Vaccination in Bombay 1889-1901 - 1889-1901
Year: 1889
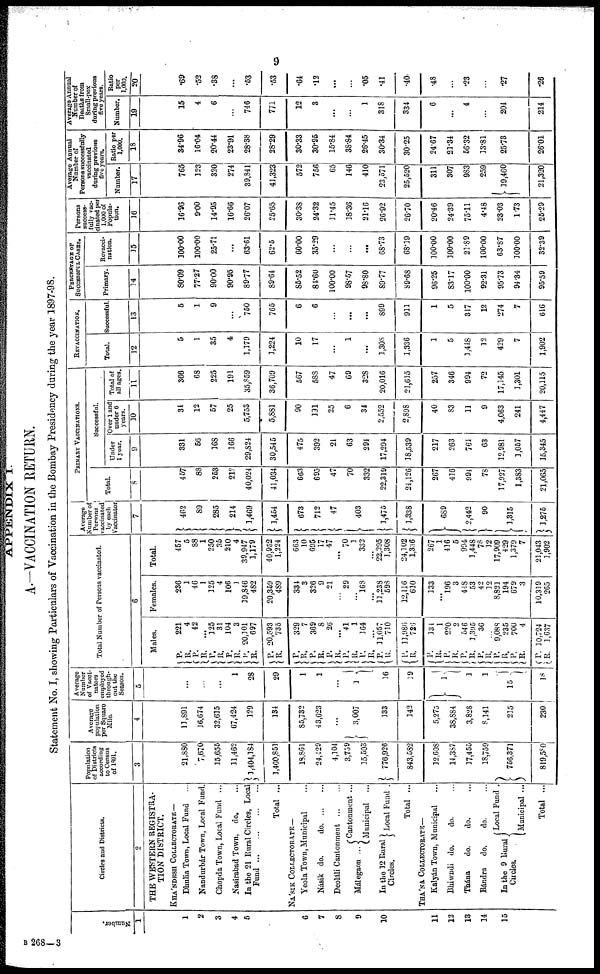
9
APPENDIX I.
A.—VACCINATION RETURN.
Statement No. I, showing Particulars of Vaccination in the Bombay Presidency during the year 1897-98.
Number.
1
1
2
3
4
5
6
7
8
9
10
11
12
13
14
15
Circles and Districts.
2
THE WESTERN REGISTRA-
TION DISTRICT.
KHA'NDESH COLLECTORATE—
Dhulia Town, Local Fund ...
Nandurbár Town, Local Fund.
Chopda Town, Local Fund ...
Nasirabad Town, do. ...
In the 21 Rural Circles, Local
Fund
...
...
...
...
Total ...
NA'SIK COLLECTORATE—
Yeola Town, Municipal ...
Násik do.
do
...
...
Deoláli Cantonment
...
...
Málegaon ...
Cantonment ...
Municipal ...
In the 12 Rural
Circles.
Local Fund .
Total ...
THA'NA COLLECTORATE-
Kalyán Town, Municipal ...
Bhiwndi do.
do. ...
Thána
do.
do. ...
Bándra do.
do. ...
In the 9 Rural
Circles
Local Fund .
Municipal ...
Total ...
Population
of Districts
according
to Census
of 1891.
3
21,880
7,670
15,655
11,462
1,404,184
1,460,851
18,861
24,429
4,104
3,759
15,503
776,926
843,582
12,608
14,387
17,455
18,759
756,371
819,580
Average
population
per Square
Mile.
4
11,891
16,674
32,615
67,424
129
134
85,732
43,623
...
3,007
133
142
5,275
38,884
3,828
8,141
215
230
Average
Number
of Vaccí-
--tors
employed
through-
out the
Season.
5
...
...
...
1
28
29
1
1
...
1
16
19
1
1
1
15
18
Total Number of Persons vaccinated.
6
Males.
P.
R.
P.
R.
P.
R.
P.
R.
P.
R.
P.
R.
P.
R.
P.
R.
P.
R.
P.
R.
P.
R.
P.
R.
P.
R.
P.
R.
P.
R.
P.
R.
P.
R.
P.
R.
P.
R.
P.
R.
221
4
42
...
125
31
104
3
20,101
697
20,593
735
329
7
369
8
26
...
41
1
164
...
11,057
710
11,986
726
134
1
220
2
546
1,395
36
...
9,088
235
700
4
10,724
1,637
Females.
236
1
46
1
125
4
106
1
19,846
482
20,359
489
334
3
326
9
21
...
29
...
168
...
11,238
598
12,116
610
133
...
196
3
448
53
42
12
8,821
194
679
3
10,319
265
Total.
457
5
88
1
250
35
210
4
39,947
1,179
40,952
1,224
663
10
695
17
47
...
70
1
332
...
22,395
1,308
24,102
1,336
267
1
416
5
994
1,448
78
12
17,909
429
1,379
7
21,043
1,902
Average
Number of
Persons
vaccinated
by each
Vaccinator
7
462
89
285
214
1,469
1,454
673
712
47
403
1,475
1,338
689
2,442
90
1,315
1,275
PRIMARY VACCINATIONS.
Total.
8
457
88
253
212
40,024
41,034
663
695
47
70
332
22,319
24,126
267
416
994
78
17,927
1,383
21,065
Successful.
Under
1 year.
9
331
56
168
166
29,824
30,545
475
392
21
63
294
17,294
18,539
217
263
764
63
12,981
1,057
15,345
Over 1 and
under 6
years.
10
34
12
57
25
5,753
5,881
90
191
25
6
34
2,552
2,898
40
83
11
9
4,063
241
4,447
Total of
all ages.
11
366
68
225
191
35,859
36,709
567
588
47
69
328
20,016
21,615
257
346
994
72
17,145
1,301
20,115
REVACCINATION.
Total.
12
5
1
35
4
1,179
1,224
10
17
...
1
...
1,308
1,336
1
5
1,448
12
429
7
1,902
Successful.
13
5
1
9
...
750
765
6
6
...
...
...
899
911
1
5
317
12
274
7
616
PERCENTAGE OF
SUCCESSFUL CASES.
Primary.
14
80.09
77.27
90.00
90.95
89.77
89.64
85.52
84.60
100.00
98.57
98.80
89.77
89.68
96.25
83.17
100.00
92.31
95.73
94.34
95.59
Revacci-
nation.
15
100.00
100.00
25.71
...
63.61
62.5
60.00
35.29
...
...
...
68.73
68.19
100.00
100.00
21.89
100.00
63.87
100.00
32.39
Persons
success-
fully vac-
cinated per
1,000 of
Popula-
tion.
16
16.96
9.00
14.95
16.66
26.07
25.65
30.38
24.32
11.45
18.36
21.16
26.92
26.70
20.46
24.39
75.11
4.48
23.03
1.73
25.29
Average Annual
Number of
Persons successfully
vaccinated
during previous
five years.
Number.
17
765
123
320
274
39,841
41,323
572
756
65
146
410
23,571
25,520
311
307
983
259
19,460
21,320
Ratio per
1,000.
18
34.96
16.04
20.44
23.91
28.38
28.29
30.33
30.95
15.84
38.84
26.45
30.34
30.25
24.67
21.34
56.32
13.81
25.73
26.01
Average Annual
Number of
Deaths from
Small-pox
during previous
five years.
Number.
19
15
4
6
...
746
771
12
3
...
...
1
318
334
6
...
4
...
204
214
Ratio
per
1,000.
20
.69
.52
.38
...
.53
.53
.64
.12
...
...
.05
.41
.40
.48
...
.23
...
.27
.26
B 268—3